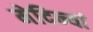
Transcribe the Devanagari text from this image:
मेदिन्यां